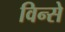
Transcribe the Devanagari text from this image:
विन्से